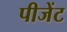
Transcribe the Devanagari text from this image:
पीजेंट